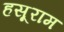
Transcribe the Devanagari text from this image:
हसूराम